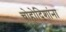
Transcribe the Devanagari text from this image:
चोहोदिशांना